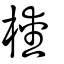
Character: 𣜬